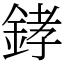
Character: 﨧